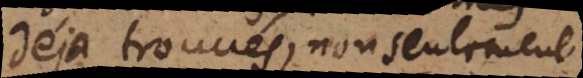
déjà trouvés, non seulement